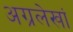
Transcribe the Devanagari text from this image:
अग्रलेखां